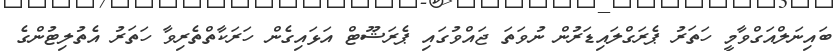
ބައިނަލްއަގްވާމީ ހަތަރު ޕެރަގްލައިޑަރުން ނުވަތަ ޖައްވުގައި ޕެރަޝޫޓް އަޅައިގެން ހަރަކާތްތެރިވާ ހަތަރު އެތުލިޓުންގެ